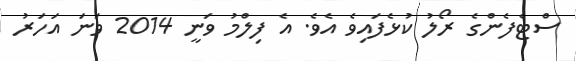
ސްޓެފެންގެ ރޯލު ކުޅެފައިވެ އެވެ. އެ ފިލްމު ވަނީ 2014 ވަނަ އަހަރު